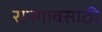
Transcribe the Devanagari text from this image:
रानगावसाठी